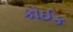
કોઈક